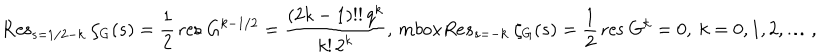
\mathrm { R e s } _ { s = 1 / 2 - k } \ \zeta _ { G } ( s ) = \frac 1 2 \, \mathrm { r e s } \ G ^ { k - 1 / 2 } = \frac { ( 2 k - 1 ) ! ! \, q ^ { k } } { k ! \, 2 ^ { k } } , \, m b o x { R e s } _ { s = - k } \ \zeta _ { G } ( s ) = \frac 1 2 \, \mathrm { r e s } \ G ^ { k } = 0 , \ k = 0 , 1 , 2 , \ldots ,